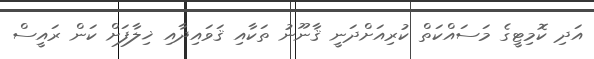
އަދި ކޮމިޓީގެ މަސައްކަތް ކުރިއަށްދަނީ ޤާނޫނު ތަކާއި ޤަވައިދާއި ޚިލާފަށް ކަން ރައީސް